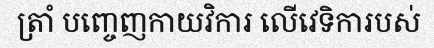
ត្រាំ បញ្ចេញកាយវិការ លើវេទិការបស់